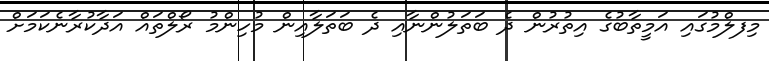
މިފލްމުގައި އަމީތާބުގެ އިތުރުން ދެ ބަތަލުންނާއި ދެ ބަތަލާއިން މުހިންމު ރޯލްތައް އަދާކުރާނެކަމަށް